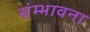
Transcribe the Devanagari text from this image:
संम्भावना